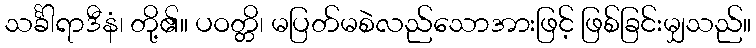
သင်္ခါရာဒီနံ၊ တို့၏။ ပဝတ္တိ၊ မပြတ်မစဲလည်သောအားဖြင့် ဖြစ်ခြင်းမျှသည်။